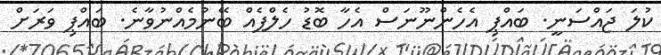
ކުލަ ޖައްސަނީ. ބައްޕި އެހެންނޫނަސް އެހާ ބޮޑު ހެލްޕެއް ބޭނުމެއްނުވާނެ. ބައްޕި ވަރަށް